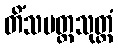
တိံသမတ္တသုတ္တံ